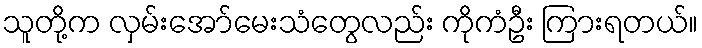
သူတို့က လှမ်းအော်မေးသံတွေလည်း ကိုကံဦး ကြားရတယ်။